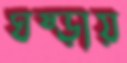
ঘষ্‌ড়ায়